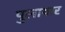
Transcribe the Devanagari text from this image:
पुलायार